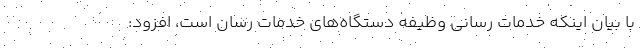
با بیان اینکه خدمات رسانی وظیفه دستگاه‌های خدمات رسان است، افزود: